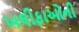
ખલીફાઓની